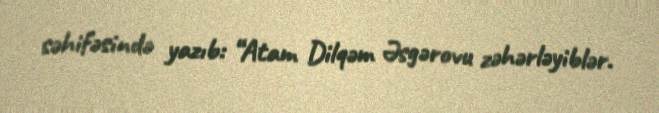
səhifəsində yazıb: “Atam Dilqəm Əsgərovu zəhərləyiblər.